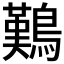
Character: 𪄿